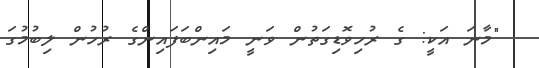
"މާނަ އަކީ: ގެ ރުހިވޮޑިގަތުން ވަނީ މައިންބަފައިންގެ ރުހުން ލިބުމުގަ